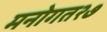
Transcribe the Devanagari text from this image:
मनोगत२७